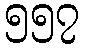
၅၅၇